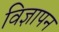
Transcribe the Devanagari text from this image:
विज्ञापन